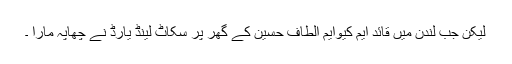
لیکن جب لندن میں قائد ایم کیوایم الطاف حسین کے گھر پر سکاٹ لینڈ یارڈ نے چھاپہ مارا ۔